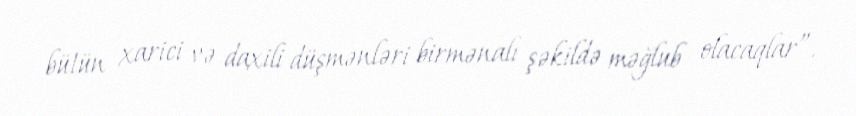
bütün xarici və daxili düşmənləri birmənalı şəkildə məğlub olacaqlar”.